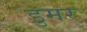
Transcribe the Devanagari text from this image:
डुमर